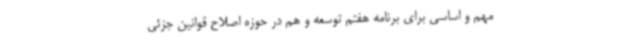
مهم و اساسی برای برنامه هفتم توسعه و هم در حوزه اصلاح قوانین جزئی